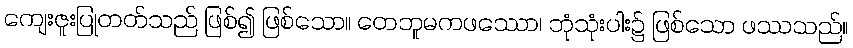
ကျေးဇူးပြုတတ်သည် ဖြစ်၍ ဖြစ်သော။ တေဘူမကဖဿော၊ ဘုံသုံးပါး၌ ဖြစ်သော ဖဿသည်။